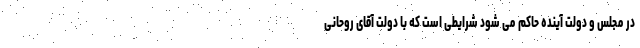
در مجلس و دولت آینده حاکم می شود شرایطی است که با دولت آقای روحانی